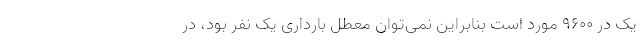
یک در ۹۶۰۰ مورد است بنابراین نمی‌توان معطل بارداری یک نفر بود، در